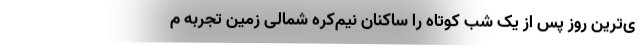
ی‌ترین روز پس از یک شب کوتاه را ساکنان نیم‌کره شمالی زمین تجربه م